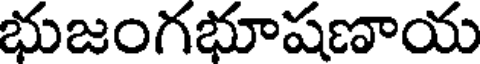
భుజంగభూషణాయ